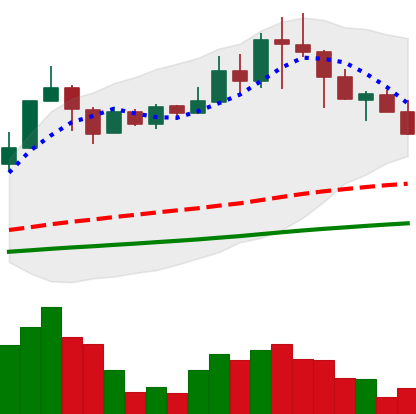
Ticker: TRX-USD
Chart end date: 2021-04-22
Forward return: 14.223%
Label: up_7plus